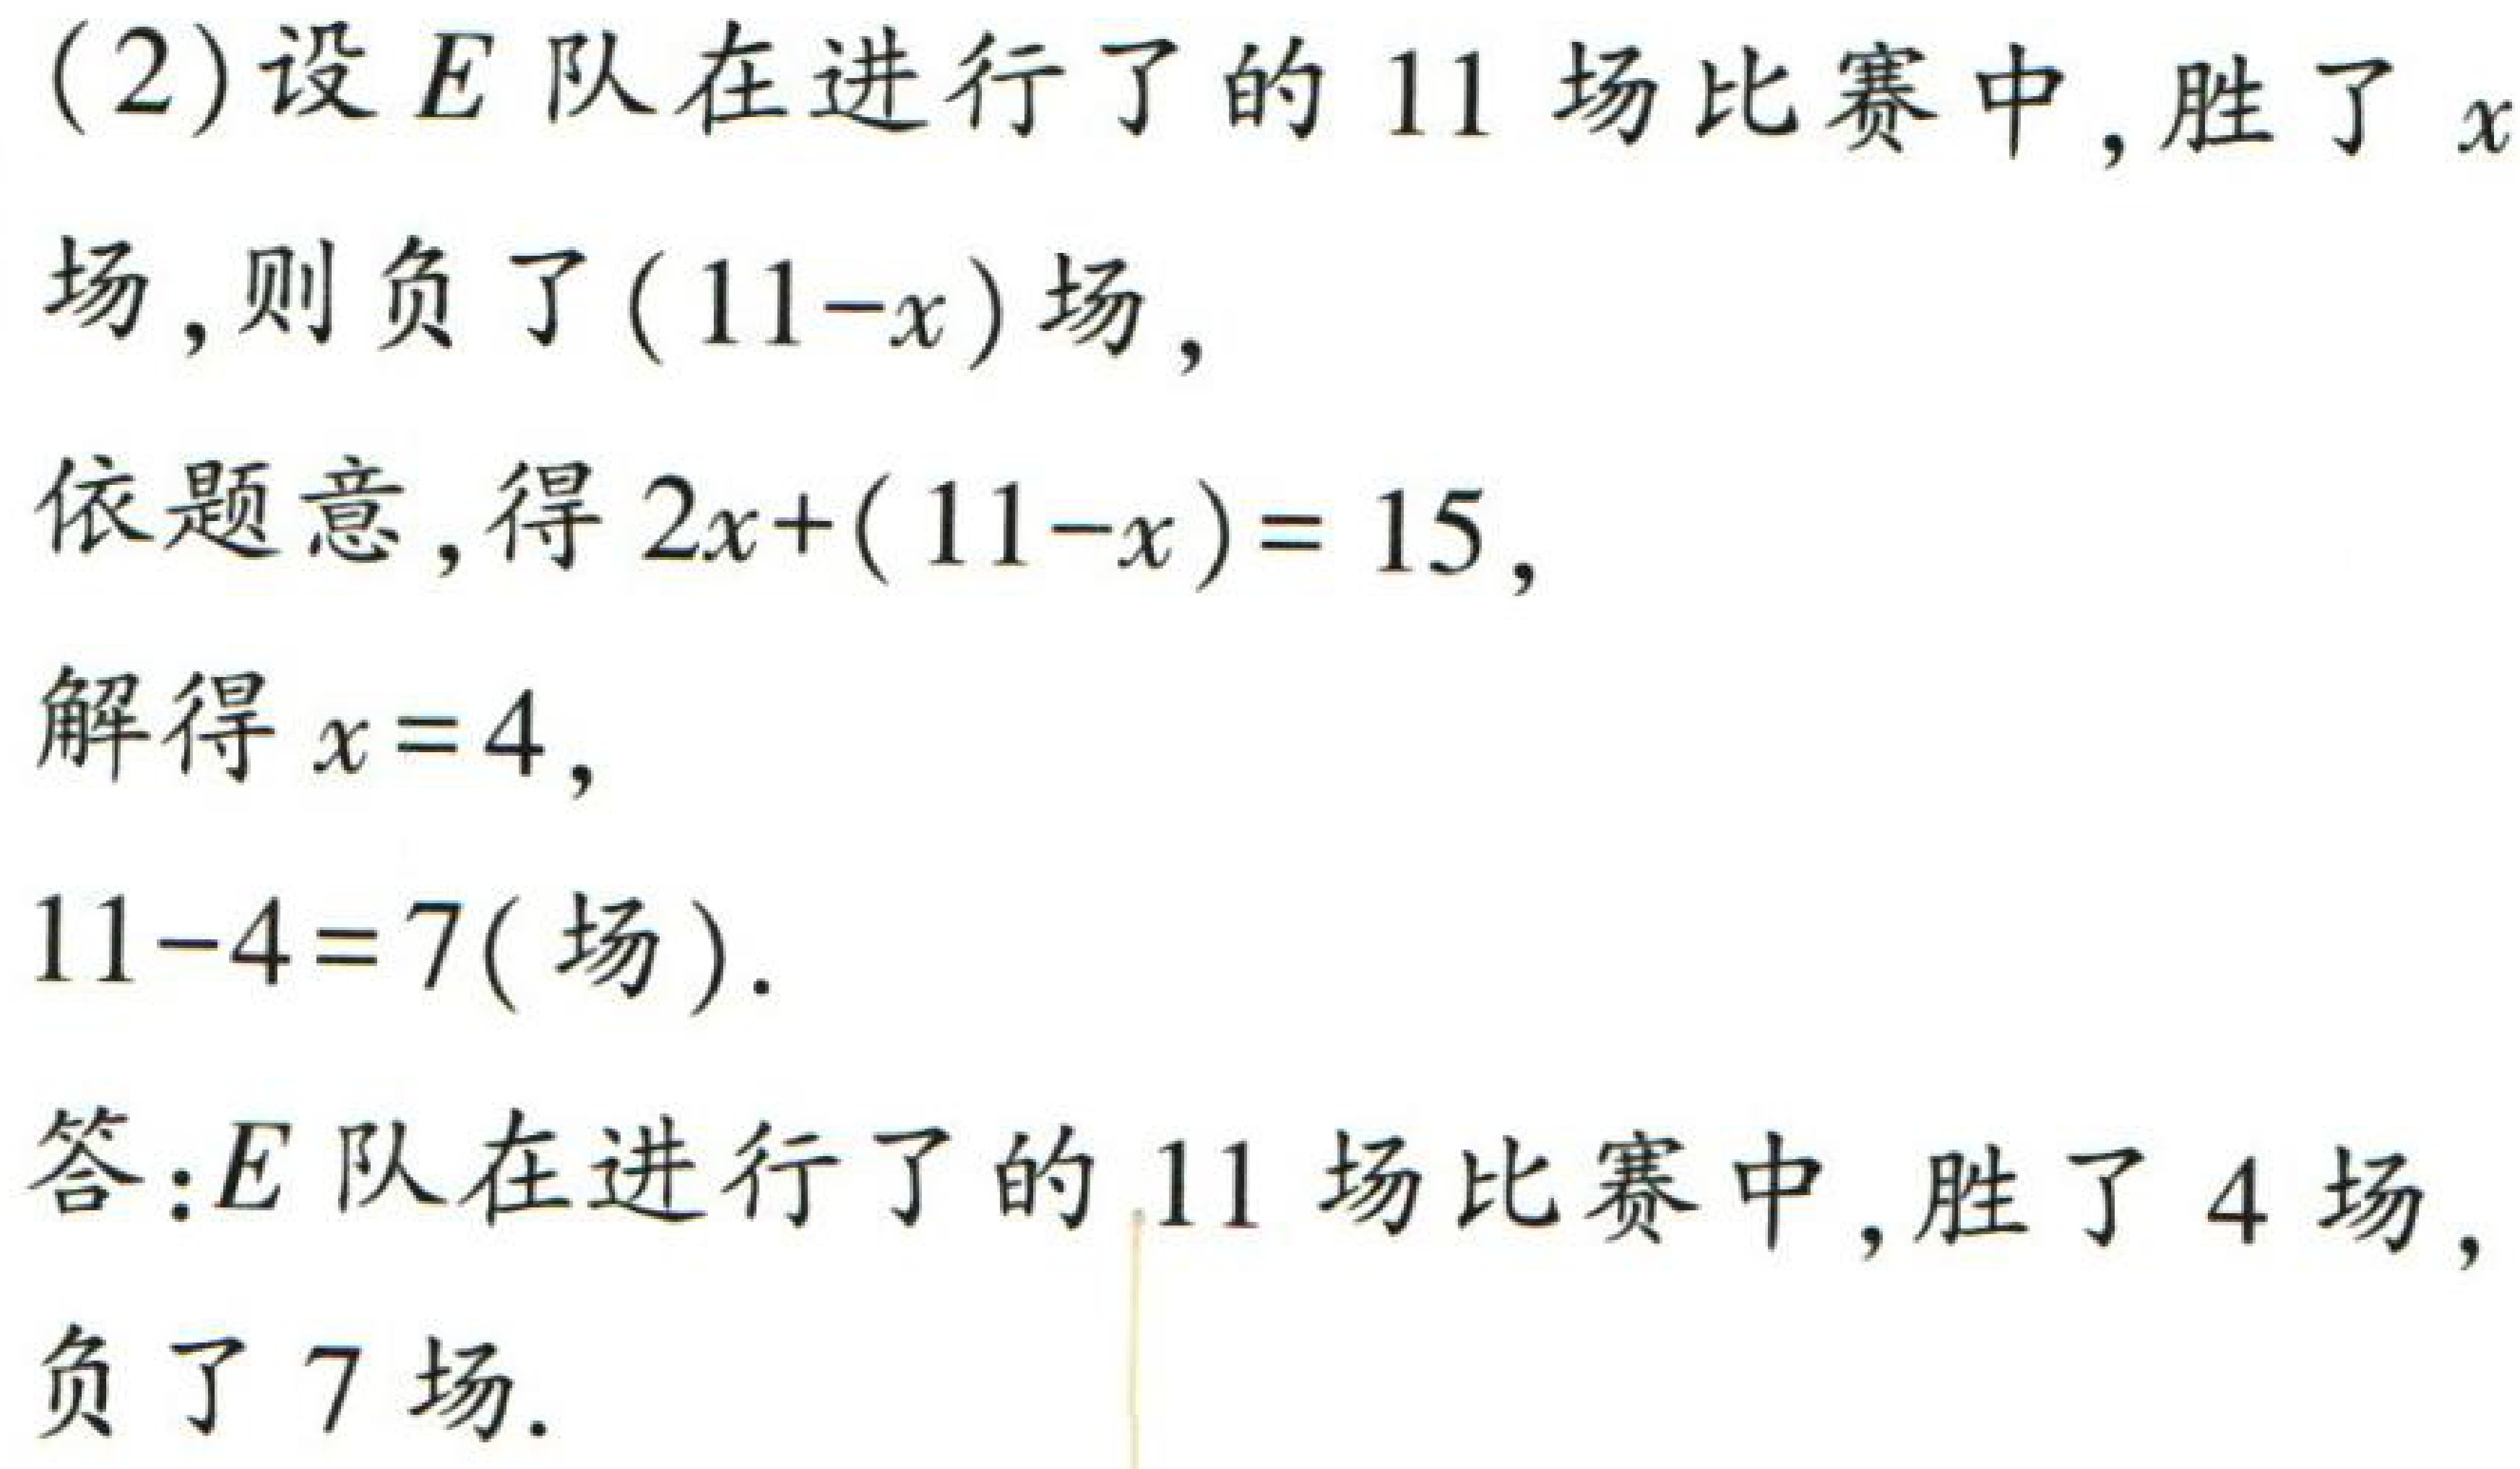
(2)设\(E\)队在进行了的\(11\)场比赛中,胜了\(x\)场,则负了\((11 - x)\)场,

依题意,得\(2x+(11 - x)=15\),

解得\(x = 4\),

\(11 - 4 = 7(\text{场})\).

答:\(E\)队在进行了的\(11\)场比赛中,胜了\(4\)场,负了\(7\)场.